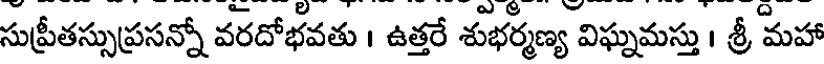
సుప్రీతస్సుప్రసన్నో వరదోభవతు । ఉత్తరే శుభర్మణ్య విఘ్నమస్తు । శ్రీ మహా